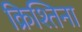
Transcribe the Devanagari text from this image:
क्रिश्तिना